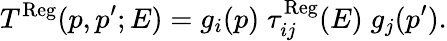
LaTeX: T^{\mathrm{Reg}}(p,p^{\prime};E)=g_{i}(p)\; \tau_{ij}^{\mathrm{Reg}}(E)\; g_{j}(p^{\prime}).